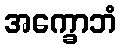
အက္ခောဘံ